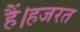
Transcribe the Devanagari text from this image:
हैं।हजरत